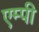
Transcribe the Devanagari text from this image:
एम्पी